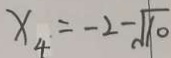
x _ { 4 } = - 2 - \sqrt { 1 0 }